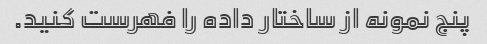
پنج نمونه از ساختار داده را فهرست کنید.